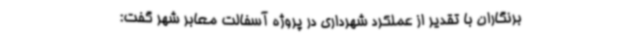
برنگاران با تقدیر از عملکرد شهرداری در پروژه آسفالت معابر شهر گفت: